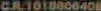
C.R.1010000408